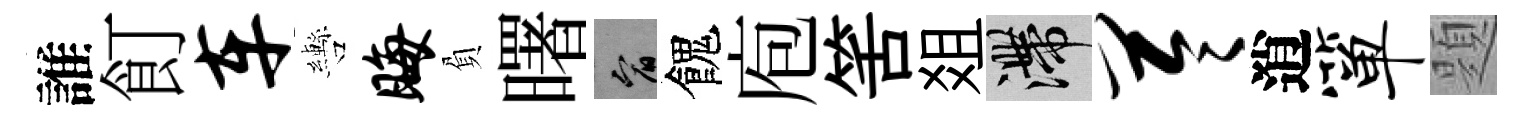
誰飣车轡晦負曙宥餽庖筈爼滯苓逍箪題